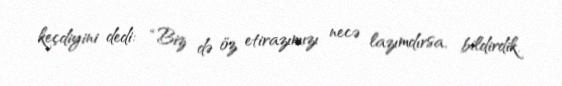
keçdiyini dedi: “Biz də öz etirazımızı necə lazımdırsa, bildirdik.